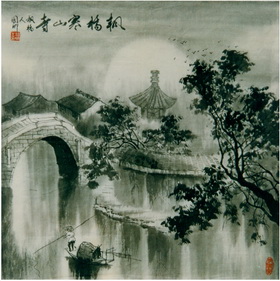
流星透疏木，走月逆行云。